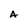
Character: A